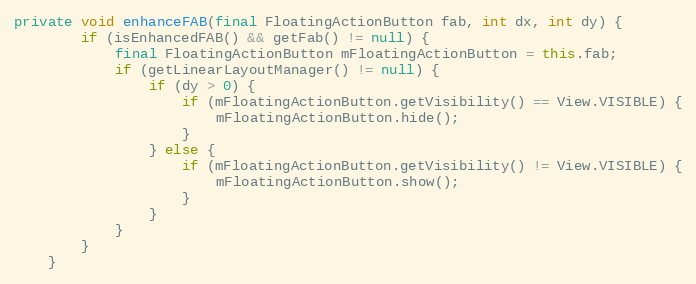
Language: Java
private void enhanceFAB(final FloatingActionButton fab, int dx, int dy) {
        if (isEnhancedFAB() && getFab() != null) {
            final FloatingActionButton mFloatingActionButton = this.fab;
            if (getLinearLayoutManager() != null) {
                if (dy > 0) {
                    if (mFloatingActionButton.getVisibility() == View.VISIBLE) {
                        mFloatingActionButton.hide();
                    }
                } else {
                    if (mFloatingActionButton.getVisibility() != View.VISIBLE) {
                        mFloatingActionButton.show();
                    }
                }
            }
        }
    }